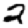
Digit: 2